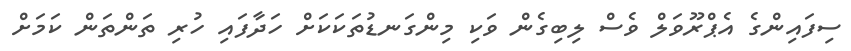
ސިފައިންގެ އެޕްރޫވަލް ވެސް ލިބިގެން ވަކި މިންގަނޑުތަކަކަށް ހަދާފައި ހުރި ތަންތަން ކަމަށް